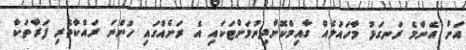
އަށް އެންމެ ރަނގަޅު މާހައުލެއް ގާއިމްކޮށްދިނުމަށްޓަކައި އެ ރަށެއްގައި ހުންނަ ރައްކާތެރި ފަރާތަކާ